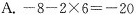
A.$$-8-2×6=-20$$